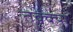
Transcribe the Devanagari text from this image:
तक्क्या